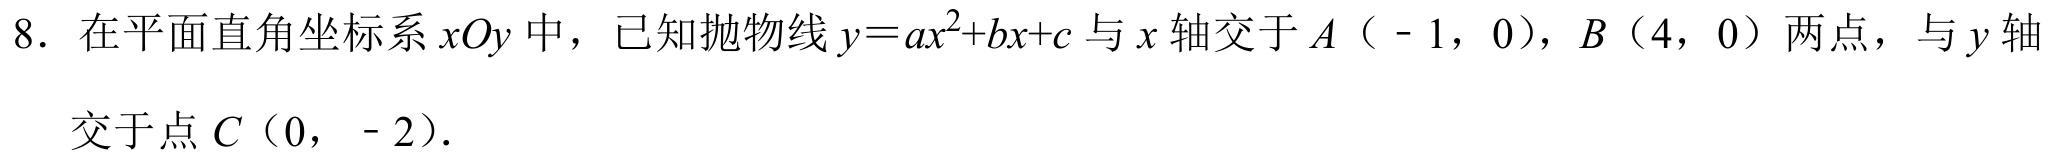
8. 在平面直角坐标系\(xOy\)中，已知抛物线\(y = ax^{2}+bx + c\)与\(x\)轴交于\(A（ - 1,0）\)，\(B（4,0）\)两点，与\(y\)轴
交于点\(C（0, - 2）\).